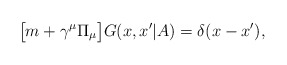
\begin{align*}\bigl[ m+ \gamma^\mu \Pi_\mu \bigr] G(x,x'|A)=\delta(x-x'), \end{align*}